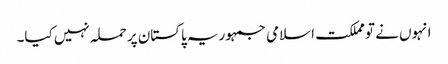
انہوں نے تو مملکت اسلامی جمہوریہ پاکستان پر حملہ نہیں کیا۔